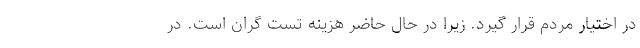
در اختیار مردم قرار گیرد. زیرا در حال حاضر هزینه تست گران است. در